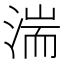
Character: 湍